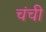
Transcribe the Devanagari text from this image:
चंची